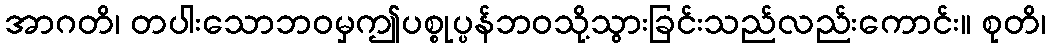
အာဂတိ၊ တပါးသောဘဝမှဤပစ္စုပ္ပန်ဘဝသို့သွားခြင်းသည်လည်းကောင်း။ စုတိ၊